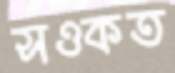
সওকত